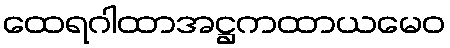
ထေရဂါထာအဋ္ဌကထာယမေဝ